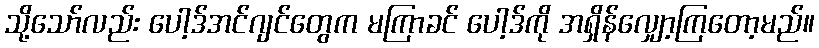
သို့သော်လည်း ပေါ့ဒ်အင်ဂျင်တွေက မကြာခင် ပေါ့ဒ်ကို အရှိန်လျှော့ကြတော့မည်။